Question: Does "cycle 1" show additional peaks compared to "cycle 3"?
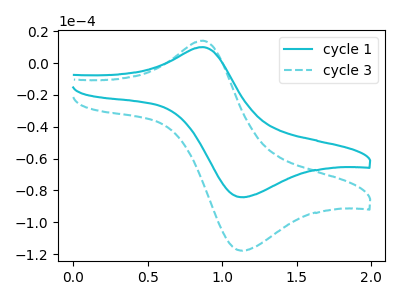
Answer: <think>The cyan curve "cycle 1" has an anodic peak at (0.85V, 10.10uA) and a cathodic peak at (1.10V, -84.25uA). The cyan dashed curve "cycle 3" has an anodic peak at (0.85V, 14.15uA) and a cathodic peak at (1.10V, -117.85uA).
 All the peaks in "cycle 1" have a peak in "cycle 3" at the same potential. Every peak in "cycle 1" is lower than every peak in "cycle 3".</think>
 <answer>No, "cycle 1" and "cycle 3" don't appear to be significantly different in shape</answer>
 <eval>no_change</eval>